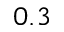
0 . 3